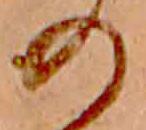
の